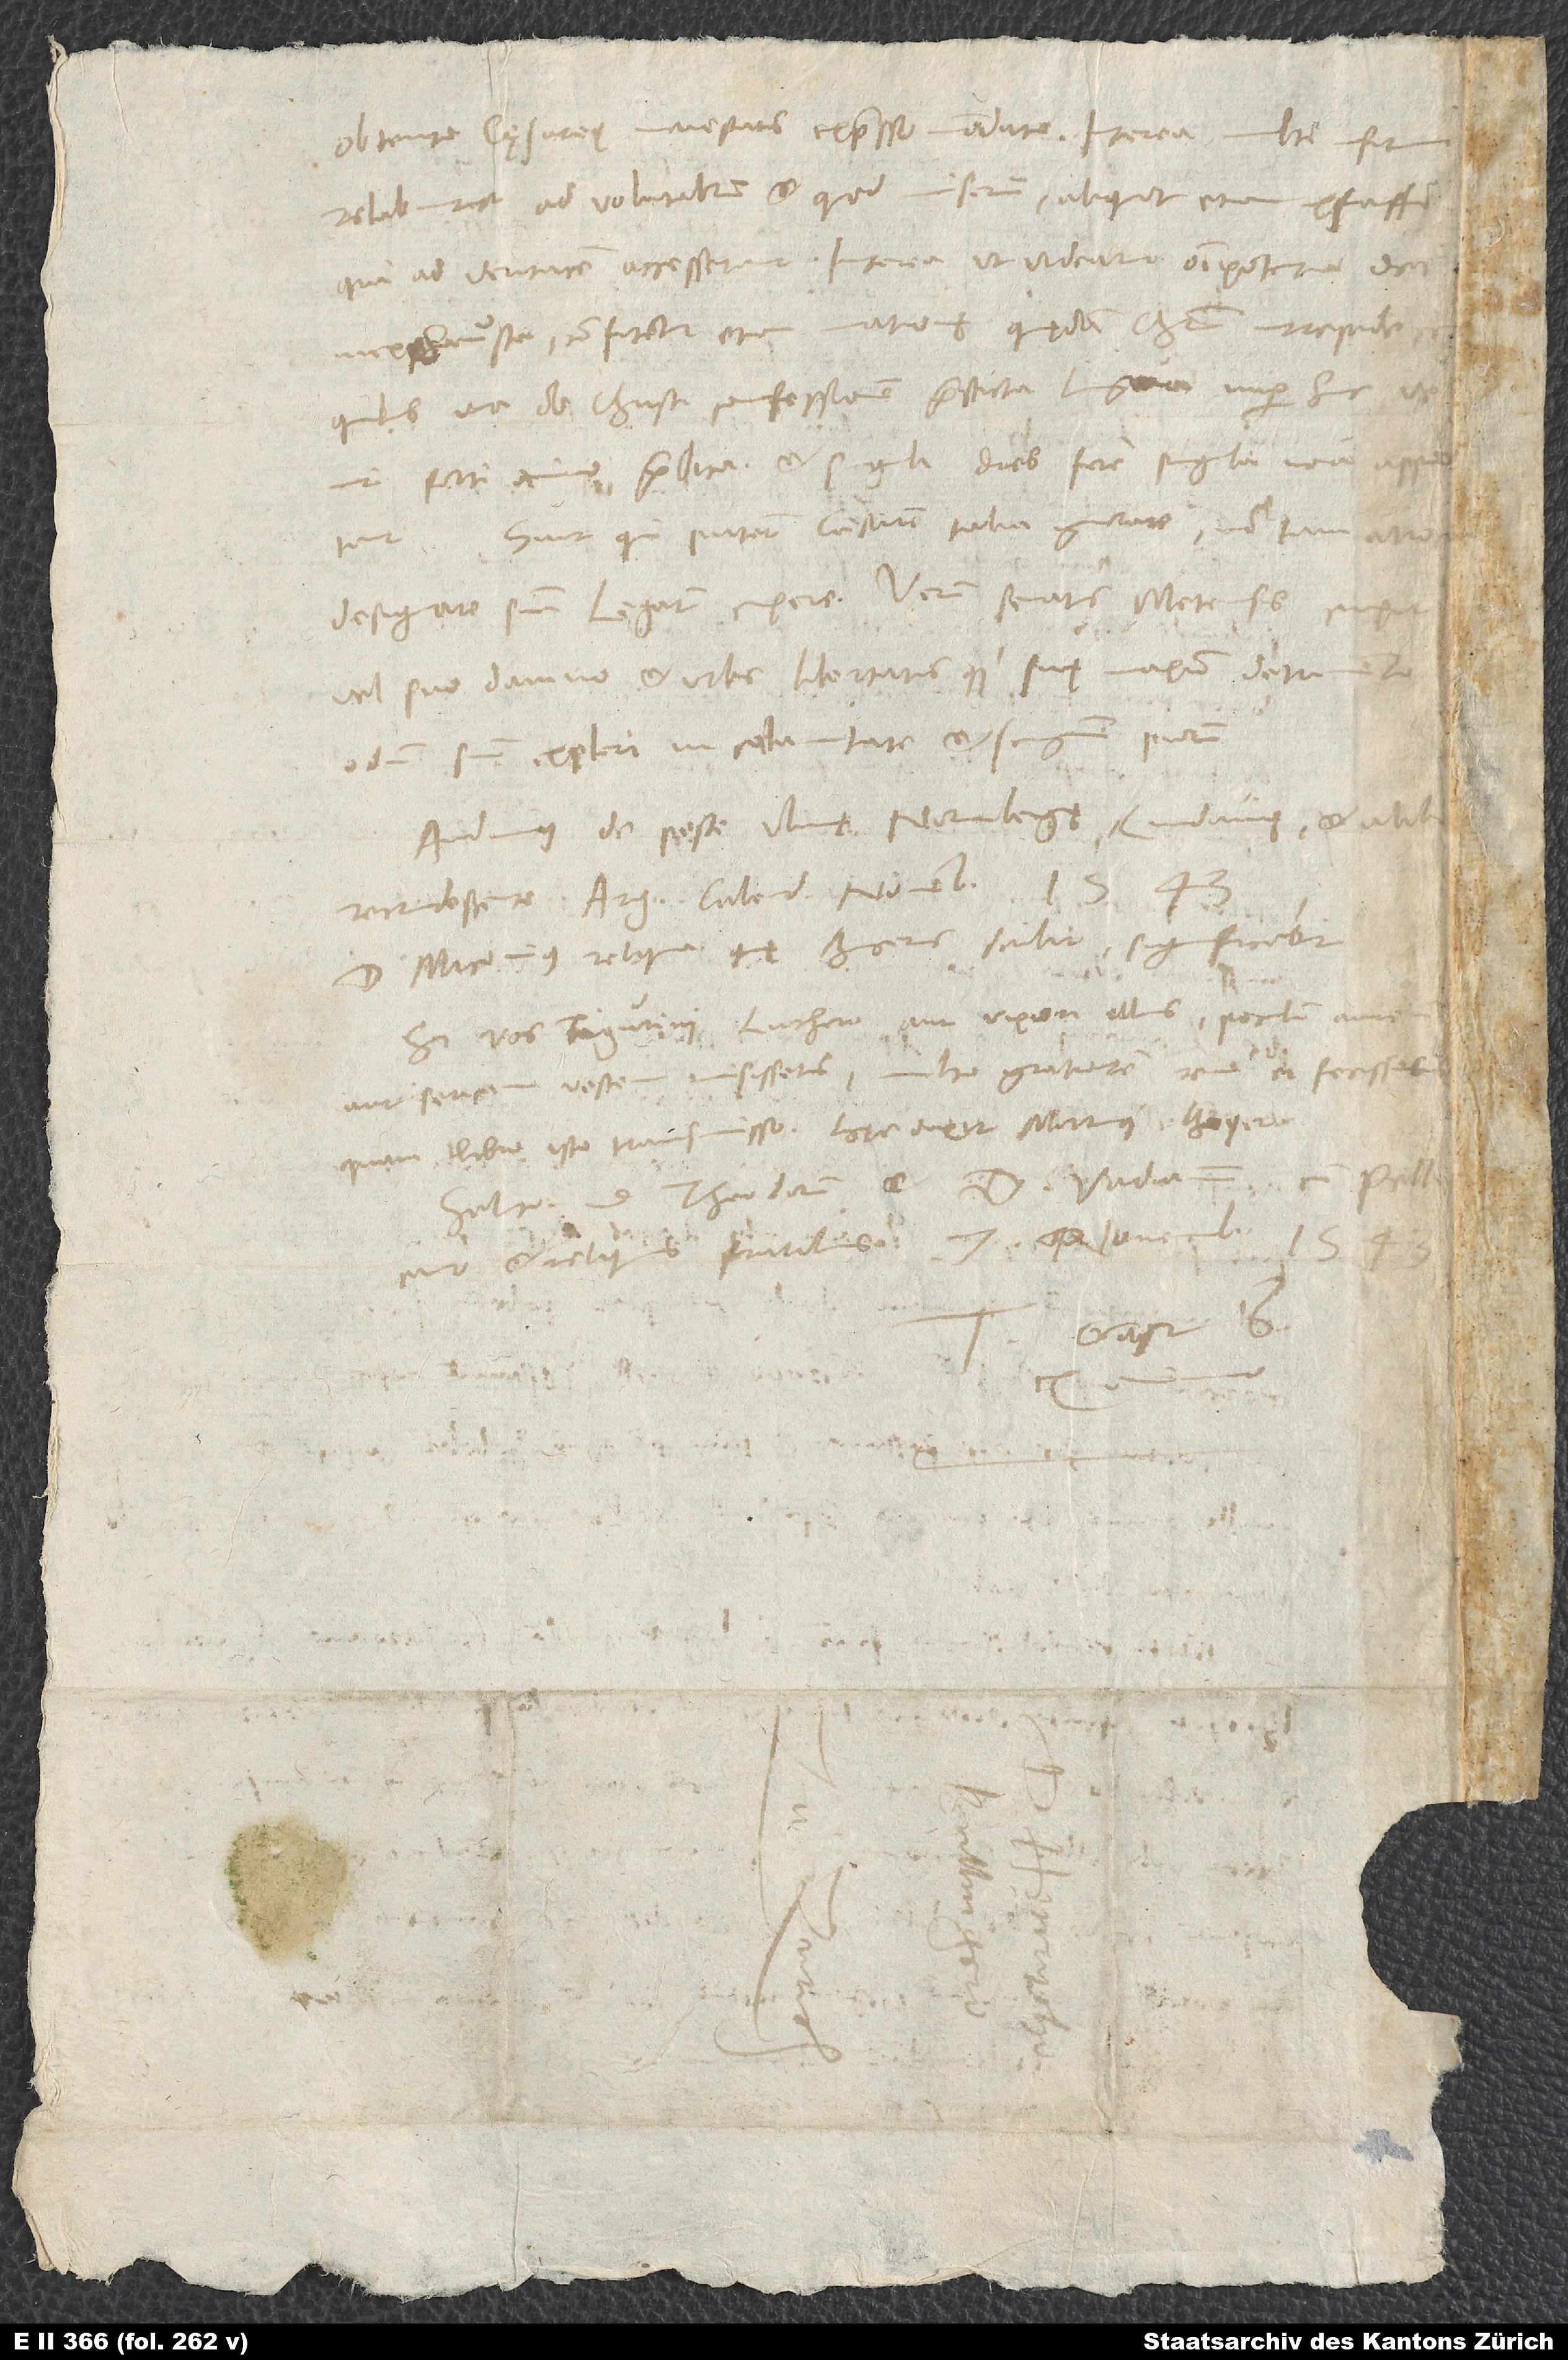
designare suum legatum cupere. Verum senatus Metensis cupit
vel suo damno et urbis libertatisque suę maximo detrimento
odium suum expleri in calamitate et sanguine piorum.
Audimus de peste Ulmę, Norinbergę, Lindavię et alib
recrudescente. Argentorati, calendis novembris 1543.“
D. Miconius reliqua, quę Bucerus scribit, significabit.
Si vos Tigurini Luthero aut uxori illius poculum aureum
aut sericam vestem misissetis, multo gratiorem rem ei fecisseti
quam libro isto transmisso. Hęc dixit Martinus Beyer.
Saluta d. Theodorum et d. Vadianum cum Pellicano
et reliquis fratribus. 7. novembris 1543.